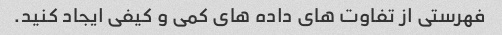
فهرستی از تفاوت های داده های کمی و کیفی ایجاد کنید.